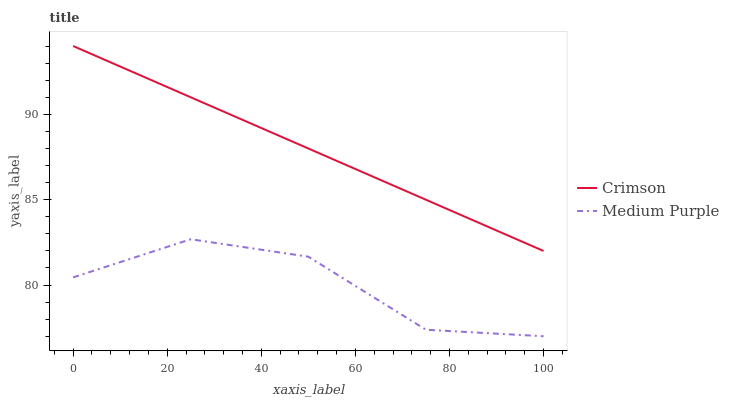
| xaxis_label | Crimson | Medium Purple |
 | --- | --- | --- |
 | 0 | 94 | 80.4 |
 | 25 | 91 | 82.7 |
 | 50 | 88 | 81.7 |
 | 75 | 85 | 77.4 |
 | 100 | 82 | 77 |